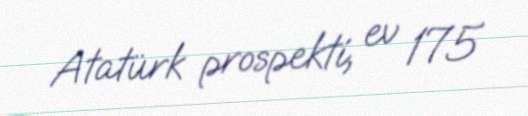
Atatürk prospekti, ev 175